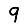
Digit: 9